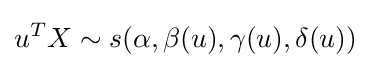
u^{T}X\sim s(\alpha ,\beta (u),\gamma (u),\delta (u))